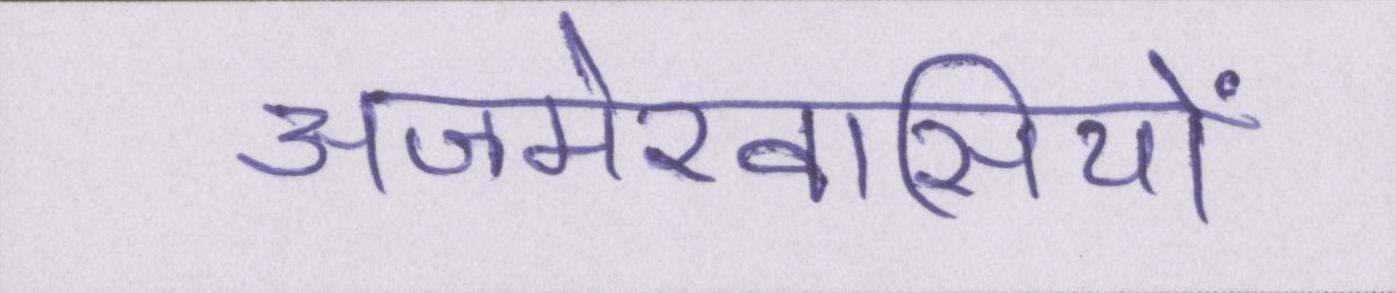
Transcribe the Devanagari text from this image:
अजमेरवासियों